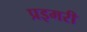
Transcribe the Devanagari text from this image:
प्रइमरी